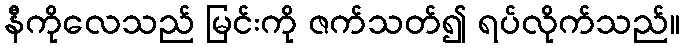
နီကိုလေသည် မြင်းကို ဇက်သတ်၍ ရပ်လိုက်သည်။